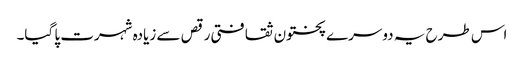
اس طرح یہ دوسرے پختون ثقافتی رقص سے زیادہ شہرت پا گیا۔